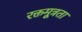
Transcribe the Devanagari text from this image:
रक्तमूत्रता